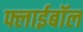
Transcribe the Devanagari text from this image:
फ्लाईबॉल